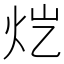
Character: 𬉽